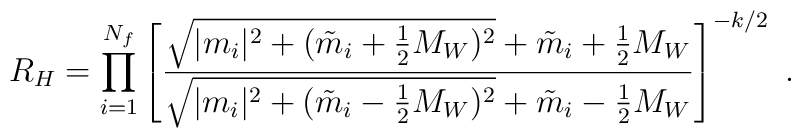
R_{H}=\prod_{i=1}^{N_f}\left[\frac{\sqrt{|m_i|^2+({\tilde m}_i+\frac{1}{2}M_W)^2}+{\tilde m}_i+\frac{1}{2}M_W}{\sqrt{|m_i|^2+({\tilde m}_i-\frac{1}{2}M_W)^2}+{\tilde m}_i-\frac{1}{2}M_W}\right]^{-k/2}\ .